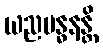
ယညဗန္ဓနန္တိ